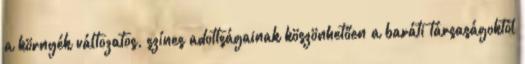
a környék változatos, színes adottságainak köszönhetően a baráti társaságoktól